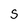
Character: S